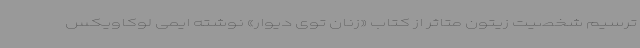
ترسیم شخصیت زیتون متاثر از کتاب‌ «زنان توی دیوار» نوشته ایمی لوکاویکس